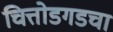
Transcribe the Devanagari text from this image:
चित्तोडगडचा